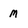
Character: m